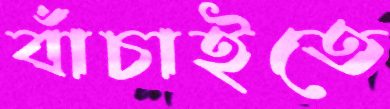
বাঁচাইতে